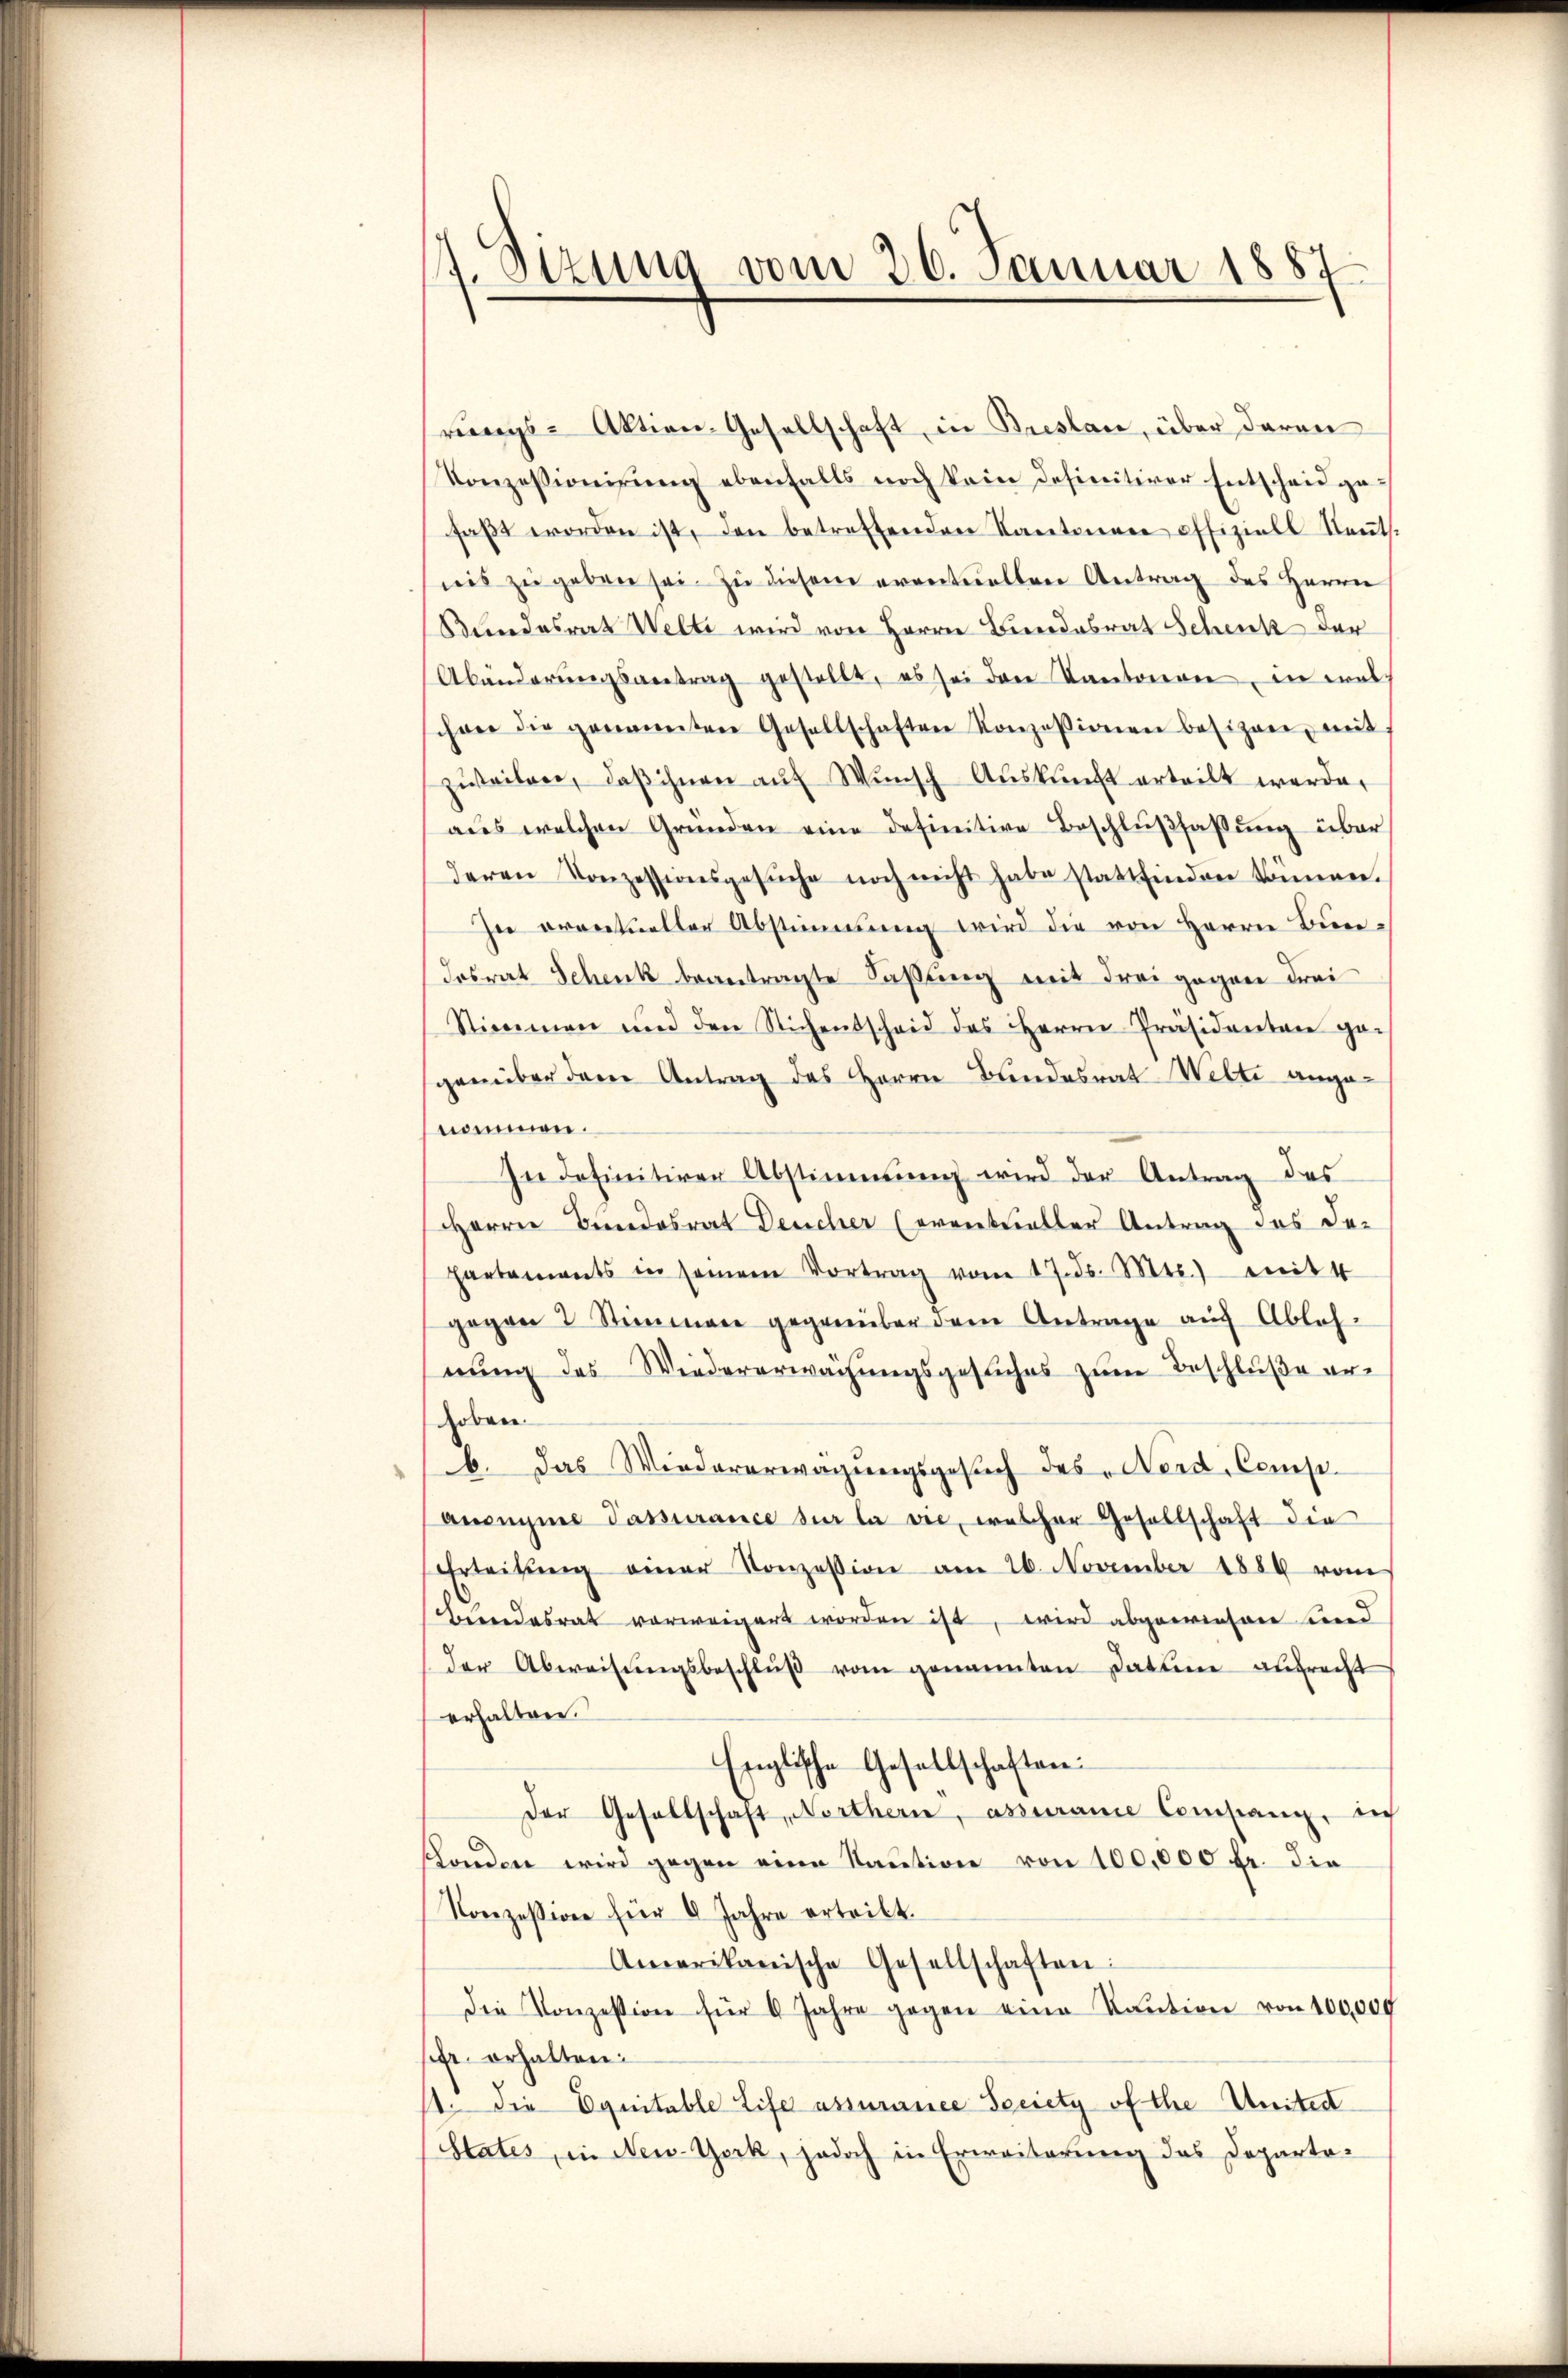
1. Sizung vom 26. Januar 1887

rungs-Aktien-Gesellschaft in Breslau, über daran
Konzessionirung ebenfalls noch kein definitiver Entscheid gefaβt worden ist, den betreffenden Kantonen offiziell Neṅts.
nis zu geben sei. Zu diesem eventuellen Antrag des Herrn
Bundesrat Welti wird von Herrn Bindesrat Schenk der
Abänderŭngsantrag gestellt, es sei den Kantonen, in wal
schwer die genannten Gesellschaften Konzessionen besizen mit:
zweilen, daβ ihnen aŭf Wunsch Auskunft erteilt werde.
aŭs welchen Gründen eine definitive Beschlŭβfassŭng über
deren Konzessionsgesŭche noch nicht habe stattfinden können.
In vrontueller Abstimmung wird die von Herrn Bun
dosrat Schenk beantragte Faßung mit drei gegen drei
Stimmen und den Stichensscheid des Herrn Präsidenten ge-
genüber den Antrag des Herrn Bundesrat Welti angenommen.
In definitiven Abstimmung wird der Antrag des
Herrn Bundesrat Deucher (eventueller Antrag des De-
hartements in seinem Vortrag vom 17. ds. Mts. mit 4
gegen 2 Stimmen gegenüber dem Antrage auf Ableh-
nung des Wiedererwächungsgesuches zum Beschluße erhobene
b. das Wiedererwägŭngsgesuch des „Nerd, Comp.
Anonyme Passurance sur la vie, welcher Gesellschaft die
Erleitŭng einer Konzession am 26. November 1889 vom
Beendesrat vorweigert worden ist, wird abgewiesen und
der Abweisŭngsbeschlŭβ vom genannten Datum aufrecht
erhalten.
Englische Gesellschaften:
der Gesellschaft, Nerthern, assurance Consang, sich
schenden wird gegen eine Kaution von 100,000 fr. die
Konzession für 8 Jahre erteilt.
Amerikanische Gesellschaften:
die Konzession für 6 Jahre gegen eine Kaution von 100,000
sehr erhalten:
11. die Equitable Life assianice Seriety of the Unter
States, in New-York, jedoch in Erweiterung des Departe¬